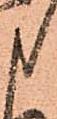
申